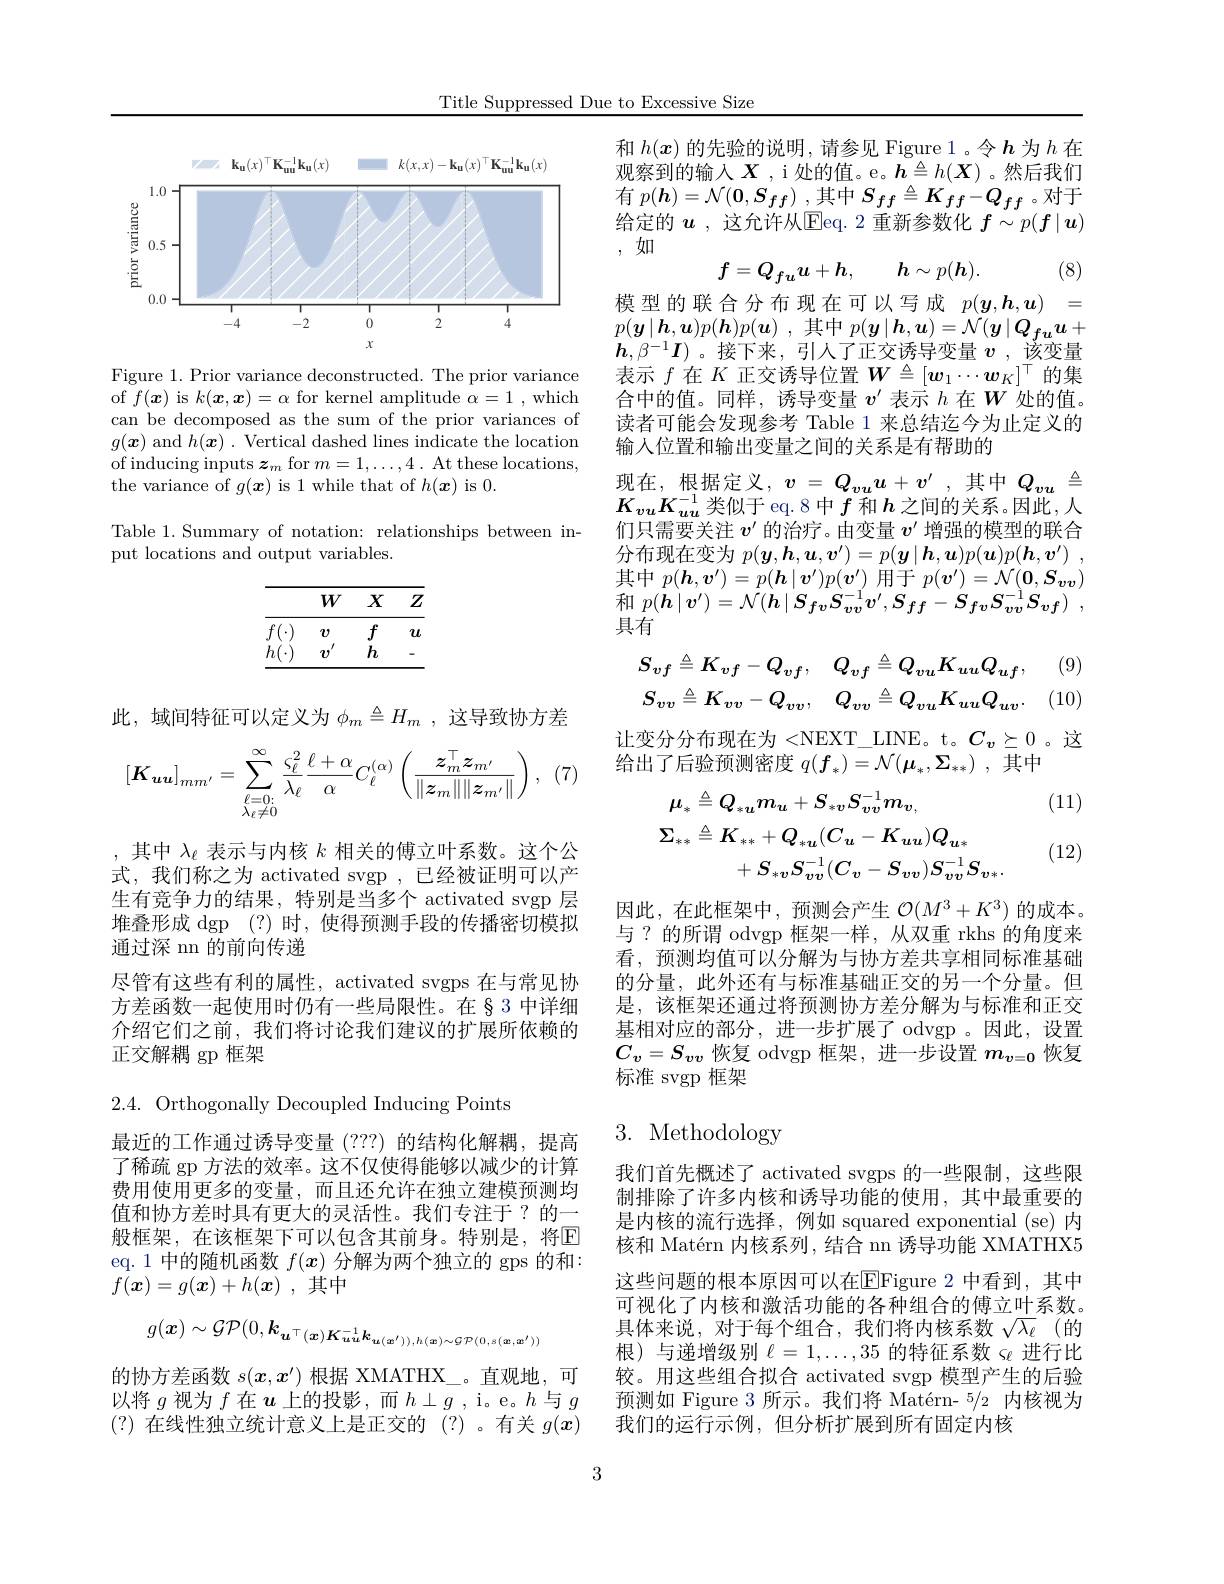
Title Suppressed Due to Excessive Size

<FigureHere>

Figure 1. Prior variance deconstructed. The prior variance of $f(\boldsymbol{x})$ is $k(\boldsymbol{x},\boldsymbol{x})=\alpha$ for kernel amplitude $\alpha=1$, which can be decomposed as the sum of the prior variances of $g(\boldsymbol{x})$ and $h(\boldsymbol{x}).$ Vertical dashed lines indicate the location of inducing inputs $\boldsymbol z_m$ for $m=1,\ldots,4.$ At these locations, the variance of $g(\boldsymbol x)$ is 1 while that of $h(\boldsymbol x)$ is 0.

Table 1.Summary of notation: relationships between in-
put locations and output variables.

<table>
	<tbody>
		<tr>
			<th> </th>
			<th>$W$</th>
			<th>$X$</th>
			<th>$Z$</th>
		</tr>
		<tr>
			<td>$f$</td>
			<td>$v$</td>
			<td>$f$</td>
			<td>$u$</td>
		</tr>
		<tr>
			<td>$h$</td>
			<td>1 $v$</td>
			<td>$h$</td>
			<td>-</td>
		</tr>
	</tbody>
</table>

此，域间特征可以定义为$\phi_m\triangleq H_m$,这导致协方差

(7
$$[\boldsymbol{K}_{\boldsymbol{u}\boldsymbol{u}}]_{mm'}=\sum_{\substack{\ell=0:\\\lambda_{\ell}\neq0}}^{\infty}\frac{\varsigma_{\ell}^{2}}{\lambda_{\ell}}\frac{\ell+\alpha}{\alpha}C_{\ell}^{(\alpha)}\left(\frac{z_{m}^{\top}z_{m'}}{\|z_{m}\|\|z_{m'}\|}\right),$$
,其中$\lambda_\ell$表示与内核$k$相关的傅立叶系数。这个公式，我们称之为 activated svgp ,已经被证明可以产生有竞争力的结果，特别是当多个 activated svgp 层堆叠形成$\operatorname { dgp}$ (?)时，使得预测手段的传播密切模拟通过深 nn 的前向传递
尽管有这些有利的属性，activated svgps 在与常见协方差函数一起使用时仍有一些局限性。在§3 中详细介绍它们之前，我们将讨论我们建议的扩展所依赖的正交解耦 gp 框架

2.4. Orthogonally Decoupled Inducing Points

最近的工作通过诱导变量(???)的结构化解耦，提高了稀疏 gp 方法的效率。这不仅使得能够以减少的计算费用使用更多的变量，而且还允许在独立建模预测均值和协方差时具有更大的灵活性。我们专注于？的一般框架，在该框架下可以包含其前身。特别是，将$\mathbb{E}$ eq. 1 中的随机函数$f(x)$分解为两个独立的 gps 的和： $f( \boldsymbol{x}) = g( \boldsymbol{x}) + h( \boldsymbol{x})$ ,其中
$$g(\boldsymbol{x})\sim\mathcal{GP}(0,\boldsymbol{k}_{\boldsymbol{u}^{\top}(\boldsymbol{x})\boldsymbol{K}^{-1}\boldsymbol{u}\boldsymbol{u}}\boldsymbol{k}_{\boldsymbol{u}(\boldsymbol{x}^{\prime})),h(\boldsymbol{x})\sim\mathcal{GP}(0,s(\boldsymbol{x},\boldsymbol{x}^{\prime}))}$$
的协方差函数$s(x,x^{\prime})$根据 XMATHX\_。直观地，可以将$g$视为$f$在$u$上的投影，而$h\perp g$, i。e。$h$与$g$ (?)在线性独立统计意义上是正交的 (?)。有关$g(x)$

和$h(\boldsymbol{x})$的先验的说明，请参见 Figure 1。令$\boldsymbol{h}$为$h$在观察到的输入$\boldsymbol{X}$,i处的值。e。$\boldsymbol{h}\triangleq h(\boldsymbol{X})$。然后我们有$p(\boldsymbol{h})=\mathcal{N}(\mathbf{0},\boldsymbol{S}_{ff})$ ,其中$S_ff\triangleq K_{ff}-Q_{ff}$ 。对于给定的 $\boldsymbol{u}$ ,这允许从$\operatorname{Eeq.}$ 2 重新参数化 $\boldsymbol{f}\sim p(\boldsymbol{f}\mid\boldsymbol{u})$ ,如
$$f=Q_{f\boldsymbol{u}}\boldsymbol{u}+h,\quad\boldsymbol{h}\sim p(\boldsymbol{h}).$$
(8)

模型的联合分布现在可以写成$p( \boldsymbol{y}, \boldsymbol{h}, \boldsymbol{u})$ = $p(\boldsymbol{y}\mid\boldsymbol{h},\boldsymbol{u})p(\boldsymbol{h})p(\boldsymbol{u})$ ,其中$p(\boldsymbol{y}\mid\boldsymbol{h},\boldsymbol{u})=\mathcal{N}(\boldsymbol{y}\mid Q_{fu}\boldsymbol{u}+$ $\boldsymbol{h},\beta^{-1}\boldsymbol{I})$。接下来，引人了正交诱导变量$v$ ,该变量表示$f$在$K$正交诱导位置$\boldsymbol W\triangleq[\boldsymbol w_1\cdots\boldsymbol w_K]^\top$的集合中的值。同样，诱导变量$v^\prime\dot{\text{ 表示 }h}$在$W$处的值。读者可能会发现参考 Table 1 来总结迄今为止定义的输入位置和输出变量之间的关系是有帮助的
现在，根据定义$,v=Q_{vu}u+v^{\prime}$,其中 $Q_{vu}\triangleq$ $K_{vu}K_{uu}^{-1}$类似于 eq.8中$f$ 和 $h$ 之间的关系。因此，人们只需要关注$v^{\prime}$的治疗。由变量$v^{\prime}$增强的模型的联合分布现在变为$p( \boldsymbol{y}, \boldsymbol{h}, \boldsymbol{u}, \boldsymbol{v}^{\prime }) = p( \boldsymbol{y}\mid \boldsymbol{h}, \boldsymbol{u}) p( \boldsymbol{u}) p( \boldsymbol{h}, \boldsymbol{v}^{\prime })$ , 其中$p(\boldsymbol{h},\boldsymbol{v}^\prime)=p(\boldsymbol{h}\mid\boldsymbol{v}^\prime)p(\boldsymbol{v}^\prime)$用于$p(\boldsymbol v^\prime)=\mathcal{N}(\boldsymbol{0},\boldsymbol{S}_{\boldsymbol{vv}})$ 和$p( \boldsymbol{h}\mid \boldsymbol{v}^{\prime }) = \mathcal{N} ( \boldsymbol{h}\mid \boldsymbol{S}_{\boldsymbol{fv}}S_{\boldsymbol{vv}}^{- 1}\boldsymbol{v}^{\prime }, \boldsymbol{S}_{ff}- \boldsymbol{S}_{f\boldsymbol{v}}\boldsymbol{S}_{\boldsymbol{vv}}^{- 1}\boldsymbol{S}_{\boldsymbol{vf}})$ , 具有

(9)

10
$$S_{vf}\triangleq K_{vf}-Q_{vf},\quad Q_{vf}\triangleq Q_{vu}K_{uu}Q_{uf},\\S_{vv}\triangleq K_{vv}-Q_{vv},\quad Q_{vv}\triangleq Q_{vu}K_{uu}Q_{uv}.$$
让变分分布现在为 <NEXT\_LINE。t。$C_v\succeq0$ 。这
给出了后验预测密度$q( f_* ) = \mathcal{N} ( \boldsymbol{\mu }_* , \Sigma _{* * })$ ,其中

(11)
$$\begin{aligned}\mu_{*}&\triangleq Q_{*\boldsymbol{u}}m_{\boldsymbol{u}}+S_{*\boldsymbol{v}}S_{\boldsymbol{v}\boldsymbol{v}}^{-1}m_{\boldsymbol{v},}\\\Sigma_{**}&\triangleq K_{**}+Q_{*\boldsymbol{u}}(C_{\boldsymbol{u}}-K_{\boldsymbol{u}\boldsymbol{u}})Q_{\boldsymbol{u}*}\\&+S_{*\boldsymbol{v}}S_{\boldsymbol{v}\boldsymbol{v}}^{-1}(C_{\boldsymbol{v}}-S_{\boldsymbol{v}\boldsymbol{v}})S_{\boldsymbol{v}\boldsymbol{v}}^{-1}S_{\boldsymbol{v}*}.\end{aligned}$$
(12)

因此，在此框架中，预测会产生$\mathcal{O}(M^3+K^3)$的成本。与？的所谓 odvgp 框架一样，从双重 rkhs 的角度来看，预测均值可以分解为与协方差共享相同标准基础的分量，此外还有与标准基础正交的另一个分量。但是，该框架还通过将预测协方差分解为与标准和正交基相对应的部分，进一步扩展了 odvgp 。因此，设置$C_v=S_{\boldsymbol{vv}}$恢复 odvgp 框架，进一步设置$m_v=0$恢复标准 svgp 框架

# 3. Methodology

我们首先概述了 activated svgps 的一些限制，这些限制排除了许多内核和诱导功能的使用，其中最重要的是内核的流行选择，例如 squared exponential (se)内核和 Matérn 内核系列，结合 nn 诱导功能 XMATHX5这些问题的根本原因可以在$\overline{\mathrm{E}}$Figure 2 中看到，其中可视化了内核和激活功能的各种组合的傅立叶系数。具体来说，对于每个组合，我们将内核系数$\sqrt{\lambda_\ell}$ (的根)与递增级别$\ell=1,\ldots,35$的特征系数 se 进行比较。用这些组合拟合 activated svgp 模型产生的后验预测如 Figure 3 所示。我们将 Matérn- 5/2 内核视为我们的运行示例，但分析扩展到所有固定内核

3